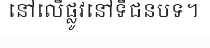
នៅលើផ្លូវនៅទីជនបទ។